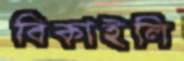
বিকাইলি